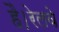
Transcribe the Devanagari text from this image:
है।रेलवे